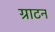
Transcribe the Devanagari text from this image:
ग्राटन